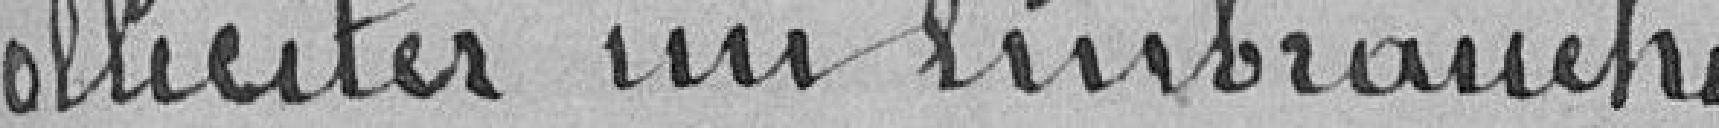
solliciter un embauche-